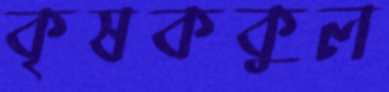
কৃষককুল